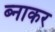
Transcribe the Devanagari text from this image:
ब्नाकर